65_HS1-834228961_62-HQ-83894_Section_5
Agency: FBI
Page 154
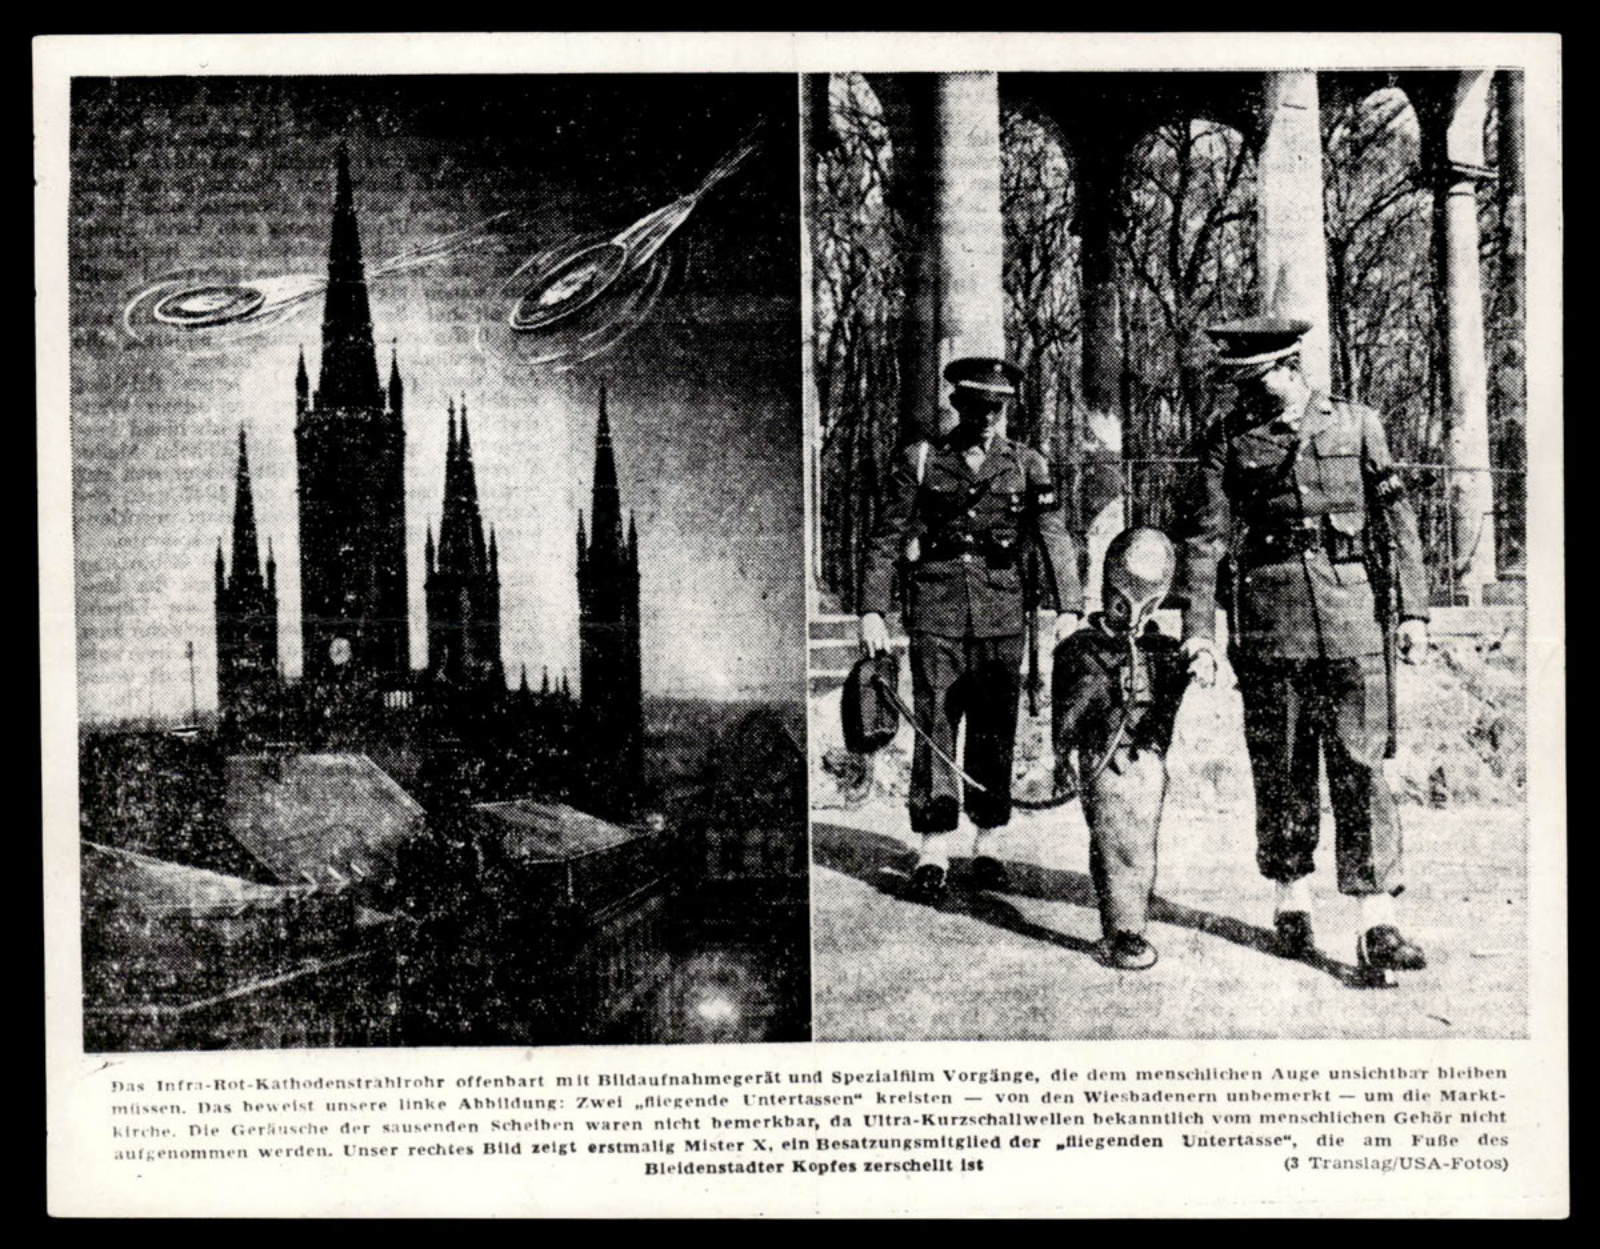